Annual statistical returns and brief notes on vaccination in Bengal - 1909-1929
Year: 1909
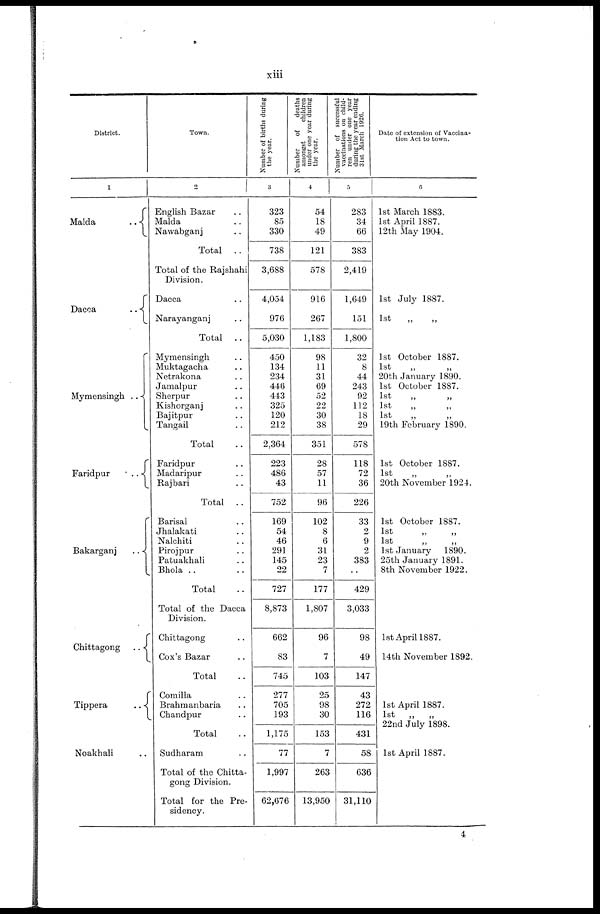
xiii
District.
1
Malda
..
Dacca
..
Mymensingh ..
Faridpur
..
Bakarganj
..
Chittagong
..
Tippera
..
Noakhali ..
Town.
2
English Bazar ..
Malda ..
Nawabganj ..
Total
..
Total of the Rajshahi
Division.
Dacca ..
Narayanganj ..
Total ..
Mymensingh ..
Muktagacha ..
Netrakona ..
Jamalpur ..
Sherpur ..
Kishorganj ..
Bajitpur ..
Tangail ..
Total ..
Faridpur ..
Madaripur ..
Rajbari ..
Total ..
Barisal ..
Jhalakati ..
Nalchiti ..
Pirojpur ..
Patuakhali ..
Bhola ..
Total ..
Total of the Dacca
Division.
Chittagong ..
Cox's Bazar ..
Total ..
Comilla ..
Brahmanbaria ..
Chandpur ..
Total ..
Sudharam ..
Total of the Chitta-
gong Division.
Total for the Pre-
sidency.
Number of births during
the year.
3
323
85
330
738
3,688
4,054
976
5,030
450
134
234
446
443
325
120
212
2,364
223
486
43
752
169
54
46
291
145
22
727
8,873
662
83
745
277
705
193
1,175
77
1,997
62,676
Number
of
deaths
amongst
children
under one year during
the year.
4
54
18
49
121
578
916
267
1,183
98
11
31
69
52
22
30
38
351
28
57
11
96
102
8
6
31
23
7
177
1,807
96
7
103
25
98
30
153
7
263
13,950
Number of successful
vaccinations on child-
ren under one year
during the year ending
31st March 1926.
5
283
34
66
383
2,419
1,649
151
1,800
32
8
44
243
92
112
18
29
578
118
72
36
226
33
2
9
2
383
..
429
3,033
98
49
147
43
272
116
431
58
636
31,110
Date of extension of Vaccina-
tion Act to town.
6
1st March 1883.
1st April 1887.
12th May 1904.
1st July 1887.
1st
„
„
1st October 1887.
1st
„
„
20th January 1890.
1st October 1887.
1st
„
„
1st „ „
1st
„
„
19th February 1890.
1st October 1887.
1st
„
„
20th November 1924.
1st October 1887.
1st
„
„
1st
„
„
1st January 1890.
25th January 1891.
8th November 1922.
1st April 1887.
14th November 1892.
1st April 1887.
1st
„
„
22nd July 1898.
1st April 1887.
4